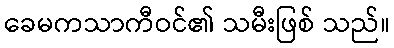
ခေမကသာကီဝင်၏ သမီးဖြစ် သည်။